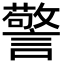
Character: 警